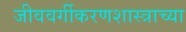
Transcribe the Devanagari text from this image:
जीववर्गीकरणशास्त्राच्या